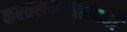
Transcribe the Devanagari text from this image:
करतलकरपृष्ठाभ्याँ